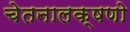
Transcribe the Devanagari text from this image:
चेतनालक्षणो